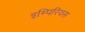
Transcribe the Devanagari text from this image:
इम्पिरियस